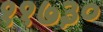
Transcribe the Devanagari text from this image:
११७३०